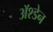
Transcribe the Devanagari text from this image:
ॲश्डेन